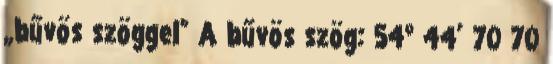
„bűvös szöggel” A bűvös szög: 54° 44’ 70 70